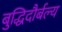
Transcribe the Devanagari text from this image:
बुद्धिदौर्बल्य